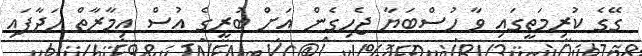
ގޭގެ ކުރިމަތީގައި ވާ ހުސްބަޔާ ޖެހިގެން އަށް ބުރީގެ އުސް އިމާރާތް ހަދާފައި